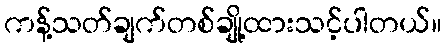
ကန့်သတ်ချက်တစ်ချို့ထားသင့်ပါတယ်။